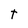
Character: t